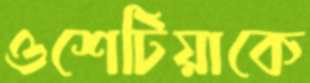
ওশেটিয়াকে